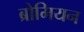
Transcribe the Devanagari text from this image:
ब्रोमियन